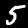
Label: 5